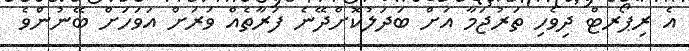
އެ ރިޕޯރޓް ދިވެހި ތަރުޖަމާ އަށް ބަދަލުކޮށްދޭނެ ފަރާތެއް ވަރަށް އަވަހަށް ބޭނުންވެ